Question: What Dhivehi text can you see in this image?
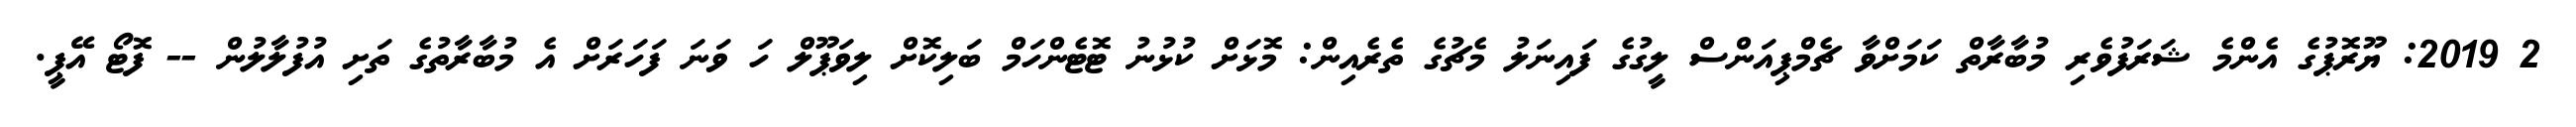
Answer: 2 2019: ޔޫރޮޕުގެ އެންމެ ޝަރަފުވެރި މުބާރާތް ކަމަށްވާ ޗެމްޕިއަންސް ލީގުގެ ފައިނަލު މެޗުގެ ތެރެއިން: މޮޅަށް ކުޅުނު ޓޮޓެންހަމް ބަލިކޮށް ލިވަޕޫލް ހަ ވަނަ ފަހަރަށް އެ މުބާރާތުގެ ތަށި އުފުލާލުން -- ފޮޓޯ އޭޕީ.